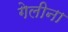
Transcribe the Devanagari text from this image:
गेलीना